Vaccination North-Western Provinces 1866-1877 - 1866-1877
Year: 1866
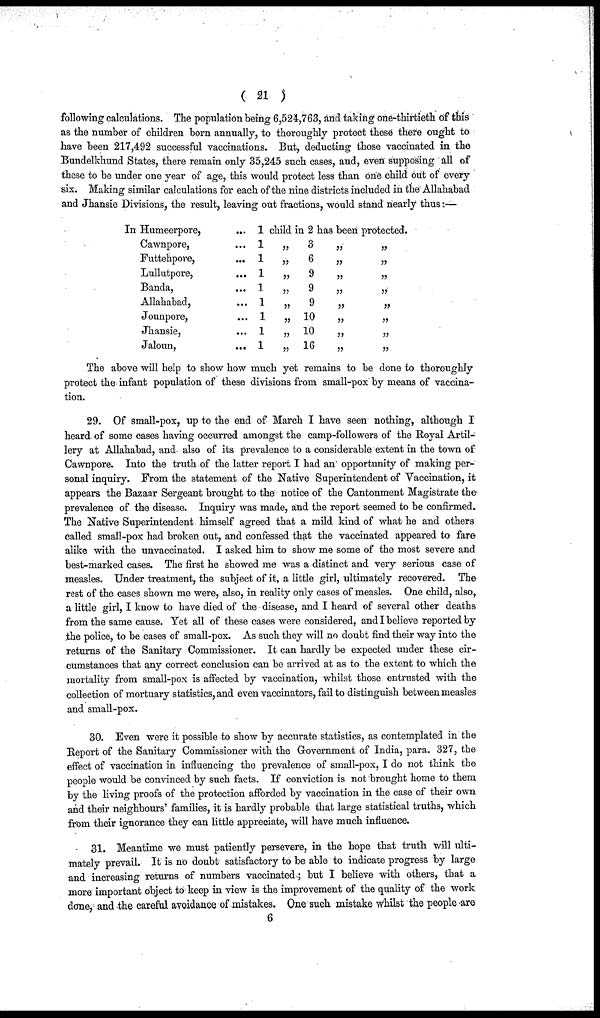
( 21)
following calculations. The population being 6,524,763, and taking one-thirtieth of this
as the number of children born annually, to thoroughly protect these there ought to
have been 217,492 successful vaccinations. But, deducting those vaccinated in the
Bundelkhund States, there remain only 35,245 such cases, and, even supposing all of
these to be under one year of age, this would protect less than one child out of every
six. Making similar calculations for each of the nine districts included in the Allahabad
and Jhansie Divisions, the result, leaving out fractions, would stand nearly thus:—
In Humeerpore,...
Cawnpore,...
Futtehpore,...
Lullutpore,
...
Banda,
...
Allahabad,...
Jounpore,...
Jhansie,...
Jaloun,...
1 child in 2 has been protected.
1
„
3
„
„
1
„
6
„
„
1
„
9
„
„
1
„
9
„
„
1
„
9
„
„
1
„
10
„
„
1
„
10
„
„
1
„
16
„
„
The above will help to show how much yet remains to be done to thoroughly
protect the infant population of these divisions from small-pox by means of vaccina-
tion.
29. Of small-pox, up to the end of March I have seen nothing, although I
heard of some cases having occurred amongst the camp-followers of the Royal Artil-
lery at Allahabad, and also of its prevalence to a considerable extent in the town of
Cawnpore. Into the truth of the latter report I had an opportunity of making per-
sonal inquiry. From the statement of the Native Superintendent of Vaccination, it
appears the Bazaar Sergeant brought to the notice of the Cantonment Magistrate the
prevalence of the disease. Inquiry was made, and the report seemed to be confirmed.
The Native Superintendent himself agreed that a mild kind of what he and others
called small-pox had broken out, and confessed that the vaccinated appeared to fare
alike with the unvaccinated. I asked him to show me some of the most severe and
best-marked cases. The first he showed me was a distinct and very serious case of
measles. Under treatment, the subject of it, a little girl, ultimately recovered. The
rest of the cases shown me were, also, in reality only cases of measles. One child, also,
a little girl, I know to have died of the disease, and I heard of several other deaths
from the same cause. Yet all of these cases were considered, and I believe reported by
the police, to be cases of small-pox. As such they will no doubt find their way into the
returns of the Sanitary Commissioner. It can hardly be expected under these cir-
cumstances that any correct conclusion can be arrived at as to the extent to which the
mortality from small-pox is affected by vaccination, whilst those entrusted with the
collection of mortuary statistics, and even vaccinators, fail to distinguish between measles
and small-pox.
30. Even were it possible to show by accurate statistics, as contemplated in the
Report of the Sanitary Commissioner with the Government of India, para. 327, the
effect of vaccination in influencing the prevalence of small-pox, I do not think the
people would be convinced by such facts. If conviction is not brought home to them
by the living proofs of the protection afforded by vaccination in the case of their own
and their neighbours' families, it is hardly probable that large statistical truths, which
from their ignorance they can little appreciate, will have much influence.
31. Meantime we must patiently persevere, in the hope that truth will ulti-
mately prevail. It is no doubt satisfactory to be able to indicate progress by large
and increasing returns of numbers vaccinated; but I believe with others, that a
more important object to keep in view is the improvement of the quality of the work
done, and the careful avoidance of mistakes. One such mistake whilst the people are
6